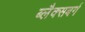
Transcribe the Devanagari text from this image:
ब्लैक्सबर्ग